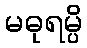
မဓုရမ္ပိ